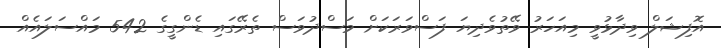
އޮފިޝަލް ވިދާޅުވީ މިއަހަރު ވޭތުވެދިޔަ ފަސްވަރަކަށް މަސްދުވަސް ތެރޭގައި ޑެންގީގެ 542 މައްސަލައެއް